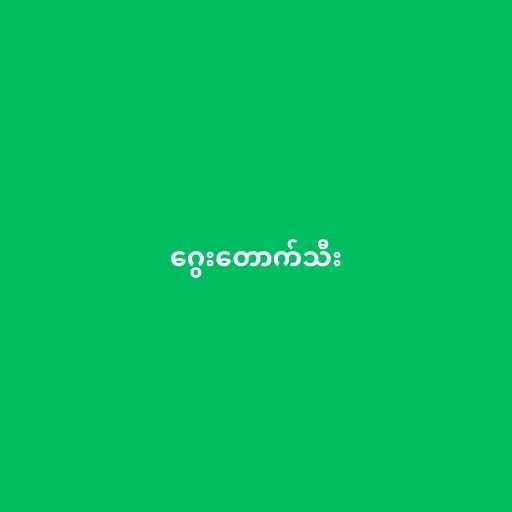
ဂွေးတောက်သီး